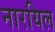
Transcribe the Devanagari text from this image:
नारयिल